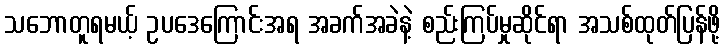
သဘောတူရမယ့် ဥပဒေကြောင်းအရ အခက်အခဲနဲ့ စည်းကြပ်မှုဆိုင်ရာ အသစ်ထုတ်ပြန်ဖို့